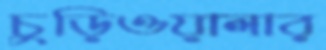
চুড়িওয়ালার